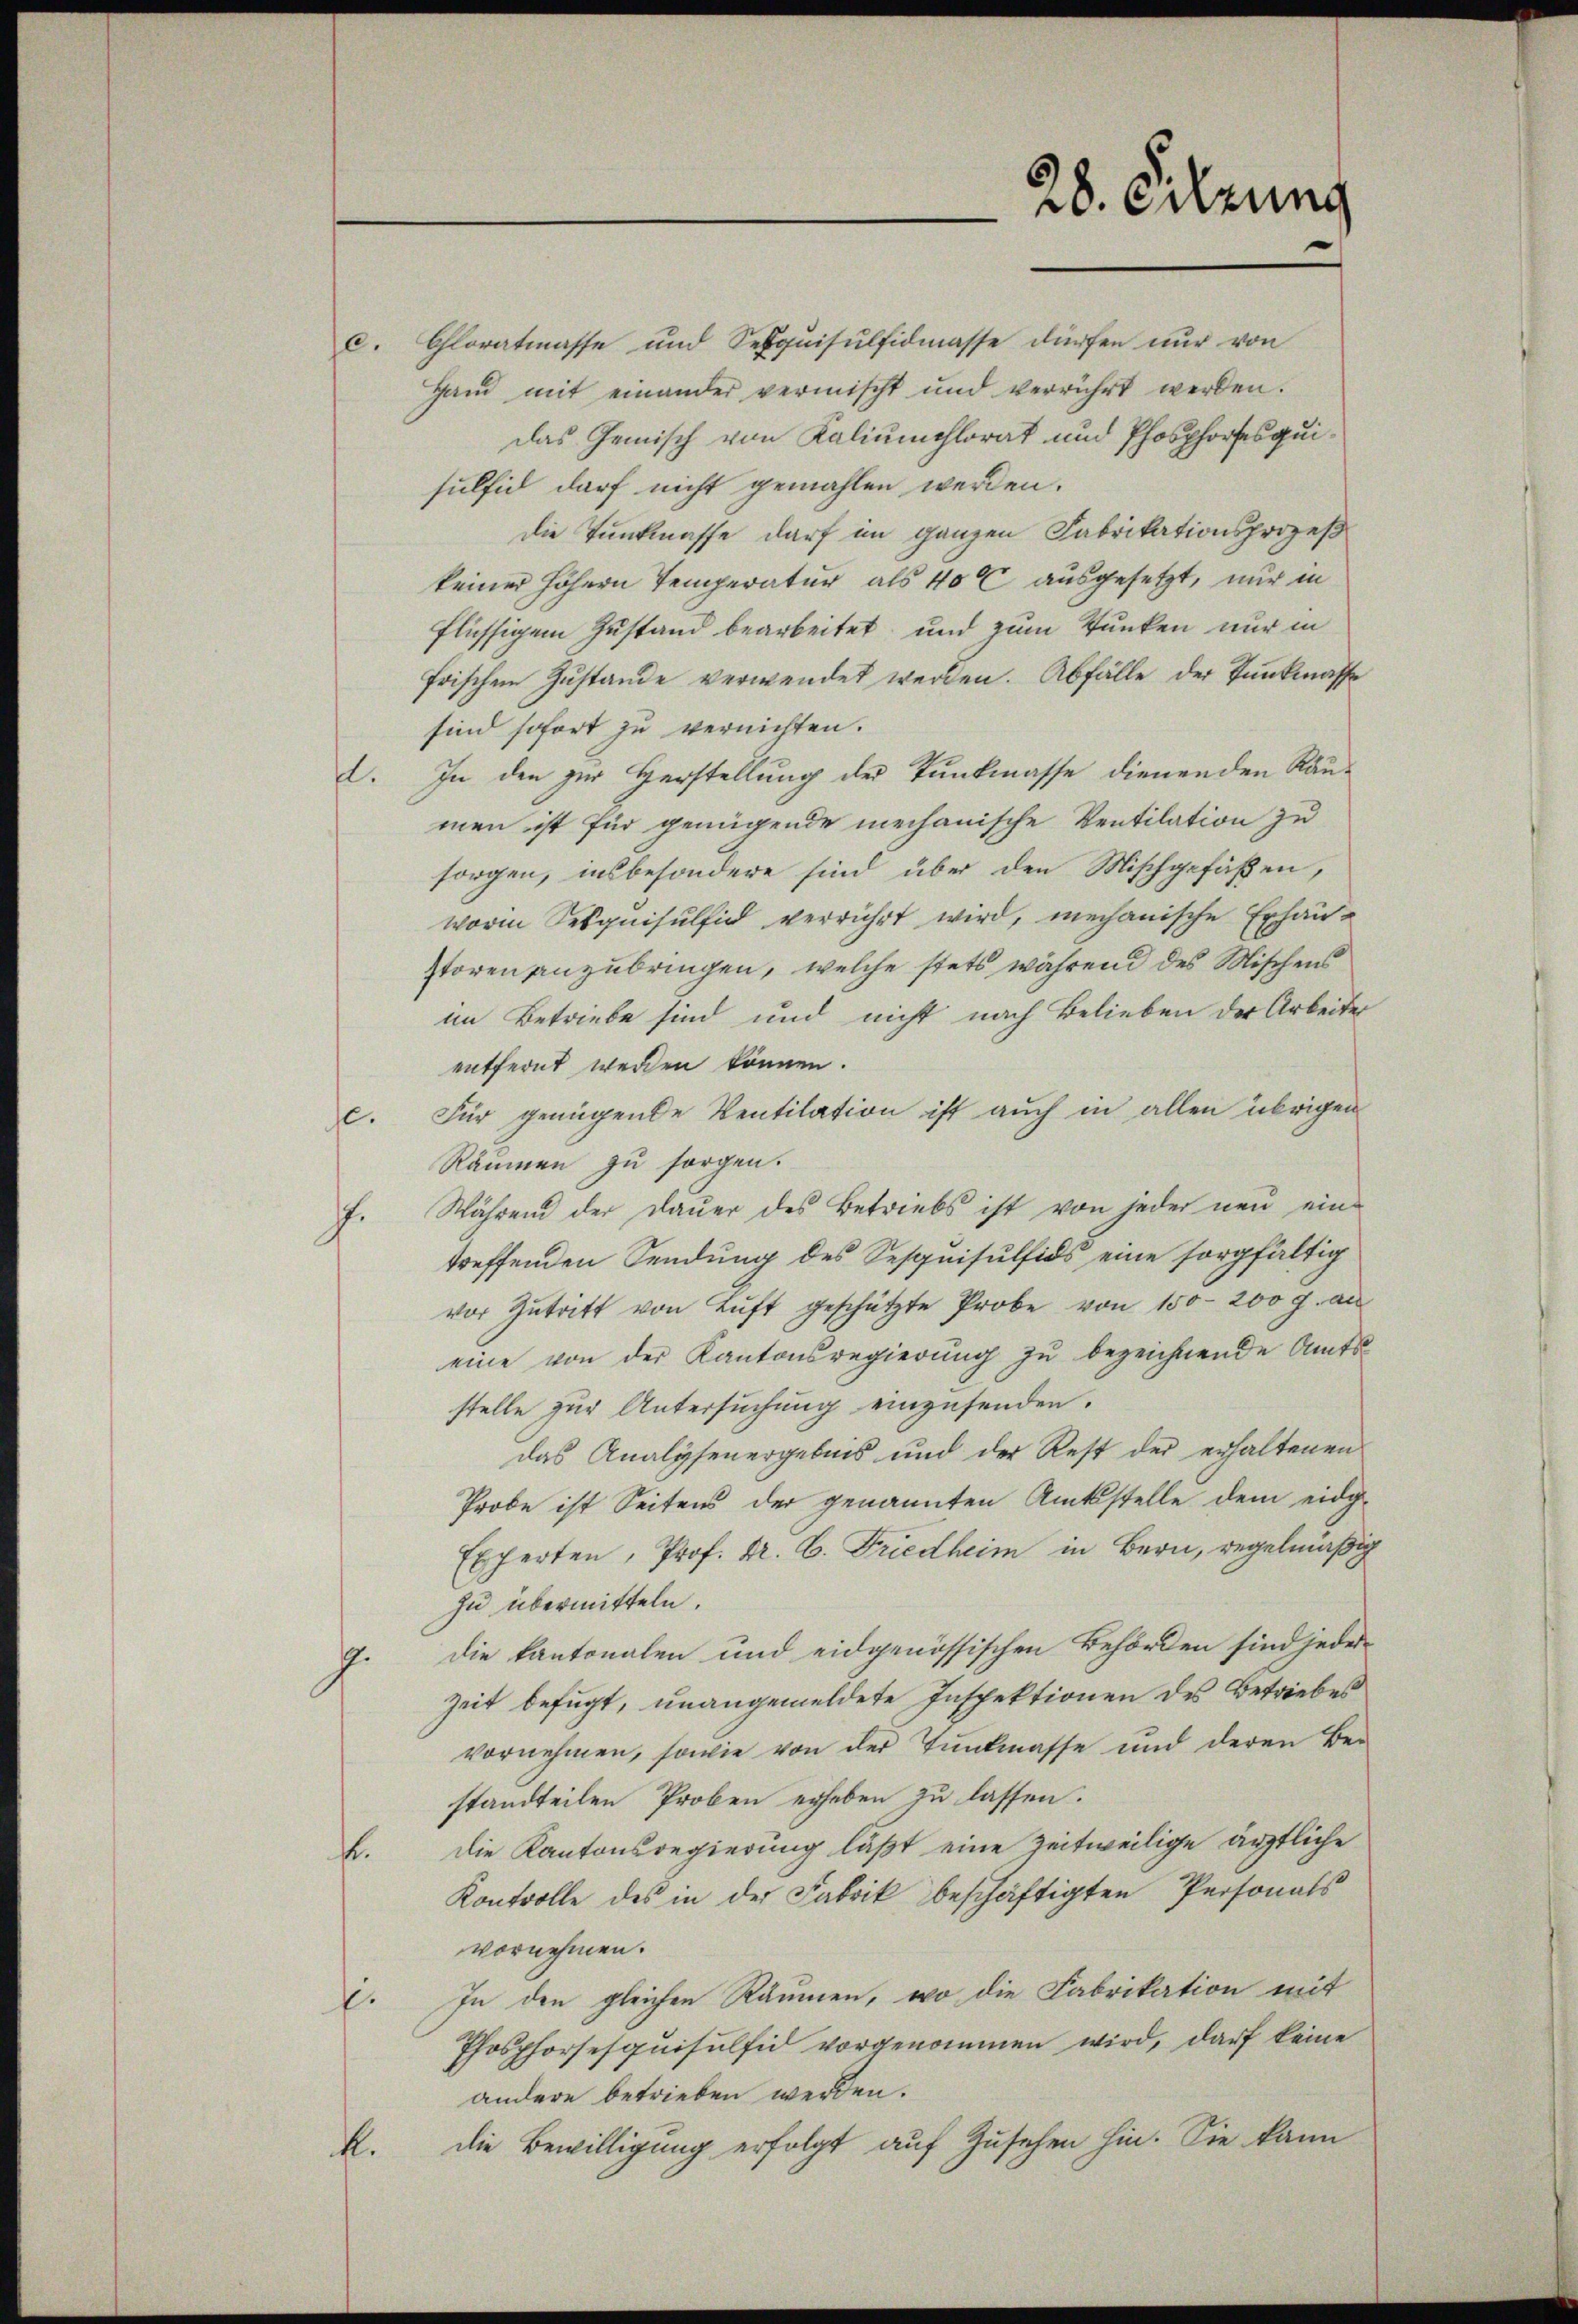
c. Chloratmasse und Seequisulfidmasse dürfen nur von
Hand mit einander vermischt und verrührt werden.
das Gemisch von Kaliumchlorat und Phosphorfesquisulfid darf nicht gemahlen werden.
Die Tunkmasse darf im ganzen Fabrikationsprozeß
keiner höhern Temperatur als 400 ausgesetzt, nur in
flüssigem Zustand bearbeitet und zum Kunken nur in
frischen Zustande verwendet werden. Abfälle der Tunkmasse
sind sofort zu vernichten.
I. In den zur Herstellung der Tunkmasse dienenden Raumen ist für genügende mechanische Ventilation zu
sorgen, insbesondere sind über den Mischgefaßen,
worin Sesquisulfid verrührt wird, mechanische Erhaustoren anzubringen, welche stets während des Mischens
im Betriebe sind und nicht nach Belieben der Arbeiter
entfernt werden können.
Für genügende Ventilation ist auch in allen übrigen
10.
Räumen zu sorgen.
f. Während der Dauer des Betriebs ist von jeder neu eine
treffenden Sendung des Sesquisulfids eine sorgfältig
vor Zutritt von Luft geschützte Probe von 150-200 g. an
eine von der Kantonsregierung zu bezeichnende Amtsstelle zur Untersuchung einzusenden.
das Analysenergebnis und der Rest der erhaltenen
Probe ist Seitens der genannten Amtsstelle dem eidg-
Experten, Prof. Dr. C. Friedheim in Bern, regelmäßig
zu übermitteln.
7. die kantonalen und eidgenössischen Behörden sind jeder
Zeit befugt, unangemeldete Inspektionen des Betriebes
vornehmen, sowie von der Tunkmasse und deren Be-
standteilen Proben erheben zu lassen.
Die Kantonsregierung läßt eine zeitweilige ärztliche
f
Kontrolle des in der Fabrik beschäftigten Personals
vornehmen.
In den gleichen Räumen, wo die Fabrikation mit
E.
Phosphorsesquisulfid vorgenommen wird, darf keine
andere betrieben werden.
die Bewilligung erfolgt auf Zusehen hin. Sie kann
k.

28. Sitzung